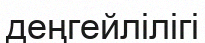
деңгейлілігі